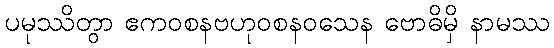
ပမုဿိတွာ ဧကဝစနဗဟုဝစနဝသေန ဗောဓိမှိ နာမဿ